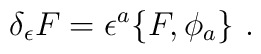
\delta _{\epsilon} F=\epsilon ^a\{F, \phi _a \} \, \, .